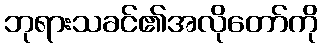
ဘုရားသခင်၏အလိုတော်ကို